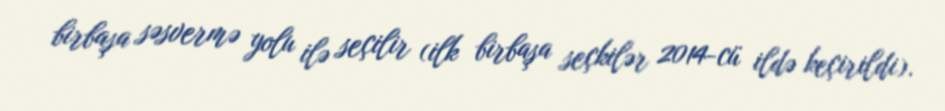
birbaşa səsvermə yolu ilə seçilir (ilk birbaşa seçkilər 2014-cü ildə keçirildi).